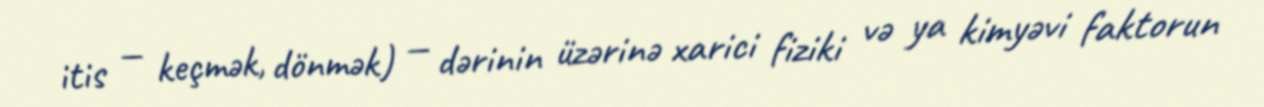
itis — keçmək, dönmək) — dərinin üzərinə xarici fiziki və ya kimyəvi faktorun